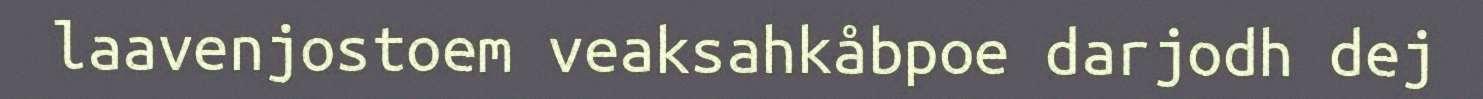
laavenjostoem veaksahkåbpoe darjodh dej